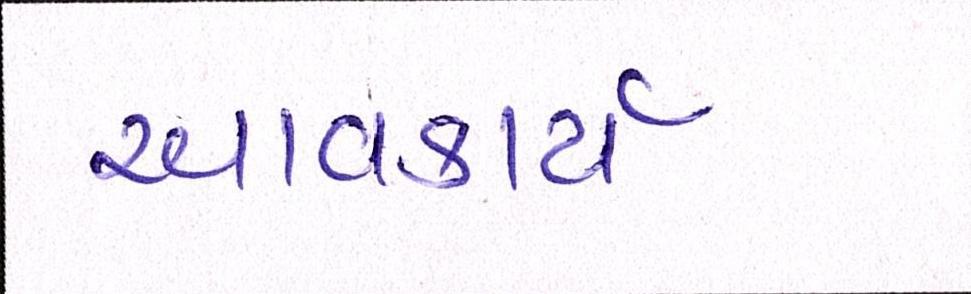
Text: આવકાર્ય